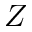
Z